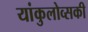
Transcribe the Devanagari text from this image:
यांकुलोव्सकी